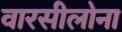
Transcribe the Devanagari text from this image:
वारसीलोना